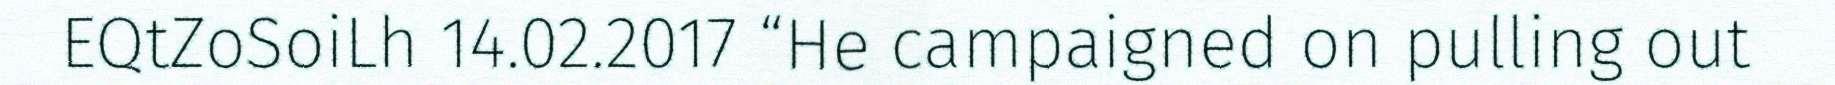
EQtZoSoiLh 14.02.2017 “He campaigned on pulling out